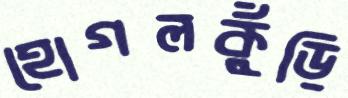
হোগলকুঁড়ি